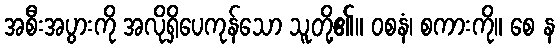
အစီးအပွားကို အလိုရှိပေကုန်သော သူတို့၏။ ဝစနံ၊ စကားကို။ စေ န